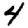
Digit: 4